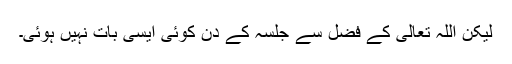
لیکن اللہ تعالیٰ کے فضل سے جلسہ کے دن کوئی ایسی بات نہیں ہوئی۔